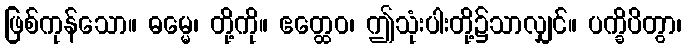
ဖြစ်ကုန်သော။ ဓမ္မေ၊ တို့ကို။ ဧတ္ထေဝ၊ ဤသုံးပါးတို့၌သာလျှင်။ ပက္ခိပိတွာ၊